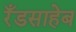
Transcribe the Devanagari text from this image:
रँडसाहेब